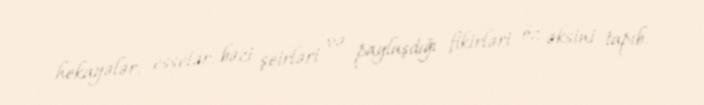
hekayələr, esselər, bəzi şeirləri və paylaşdığı fikirləri öz əksini tapıb.